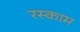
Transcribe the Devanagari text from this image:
रस्काम